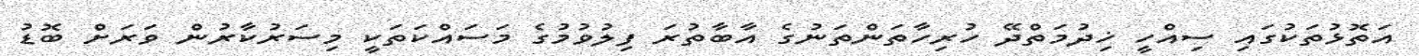
އަތޮޅުތަކުގައި ސިއްހީ ޚިދުމަތްދޭ ހުރިހާތަންތަނުގެ އާބާތުރަ ފިލުވުމުގެ މަސައްކަތަކީ މިސަރުކާރުން ވަރަށް ބޮޑު